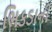
ભિકડાની